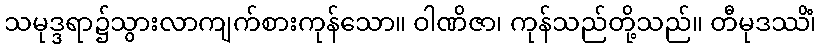
သမုဒ္ဒရာ၌သွားလာကျက်စားကုန်သော။ ဝါဏိဇာ၊ ကုန်သည်တို့သည်။ တီမုဒဿိံ၊